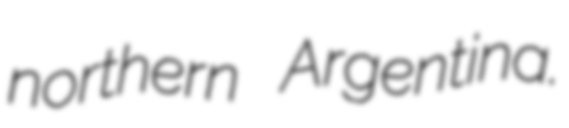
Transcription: northern Argentina.